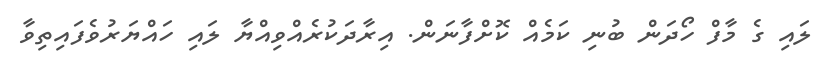
ލައި ގެ މާފް ހޯދަން ބުނި ކަމެއް ކޮށްފާނަން. އިރާދަކުރެއްވިއްޔާ ލައި ހައްޔަރުވެފައިތިވާ